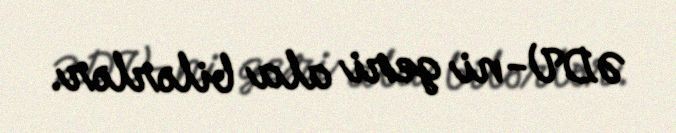
ƏDV-ni geri ala bilərlər.